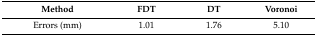
<table><thead><tr><td><b>Method</b></td><td><b>FDT</b></td><td><b>DT</b></td><td><b>Voronoi</b></td></tr></thead><tbody><tr><td>Errors (mm)</td><td>1.01</td><td>1.76</td><td>5.10</td></tr></tbody></table>